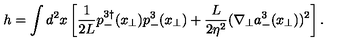
h = \int d ^ { 2 } x \left[ \frac { 1 } { 2 L } p _ { - } ^ { 3 \dagger } ( { x } _ { \bot } ) p _ { - } ^ { 3 } ( { x } _ { \bot } ) + \frac { L } { 2 \eta ^ { 2 } } ( \nabla _ { \bot } a _ { - } ^ { 3 } ( { x } _ { \bot } ) ) ^ { 2 } \right] .